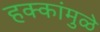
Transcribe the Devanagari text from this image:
हक्कांमुळे